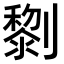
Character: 𠠍